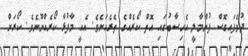
ދުވެފައިގޮސް ފުންމާލީ އެހިސާބުގައި އޮތް ކޯރެއްގެ ތެރެއަށެވެ. އެއީ މާފުޅާ ކޯރެއްނޫނެވެ. ކޯރަށް